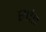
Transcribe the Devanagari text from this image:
सांइ